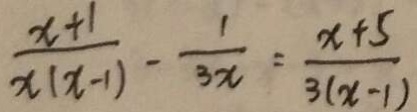
\frac { x + 1 } { x ( x - 1 ) } - \frac { 1 } { 3 x } = \frac { x + 5 } { 3 ( x - 1 ) }